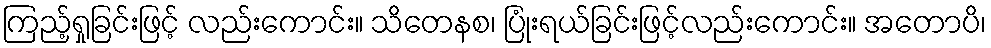
ကြည့်ရှုခြင်းဖြင့် လည်းကောင်း။ သိတေနစ၊ ပြုံးရယ်ခြင်းဖြင့်လည်းကောင်း။ အတောပိ၊